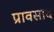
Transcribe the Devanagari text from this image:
प्रावसाद